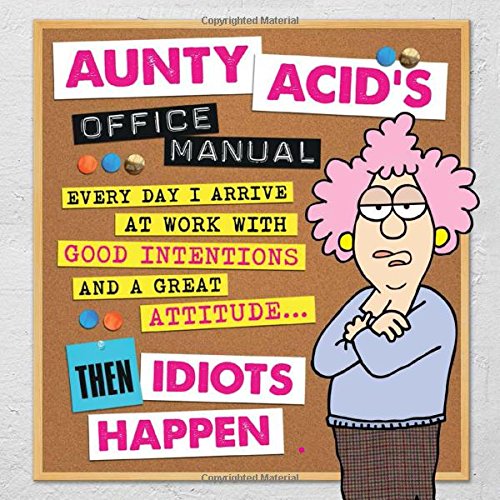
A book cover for Aunty Acid's Office Manual; Ged Backland; Humor & Entertainment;